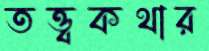
তত্ত্বকথার